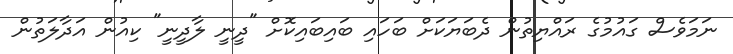
ނަމަވެސް ގައުމުގެ ރައްޔިތުން ދެބަޔަކަށް ބަހައި ބައިބައިކޮށް "ދީނީ ލާދީނީ" ކިއުން އަދާލަތުން